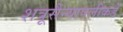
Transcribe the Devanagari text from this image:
शत्रूसैन्यापलीकडे